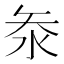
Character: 𭰋